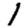
Digit: 1